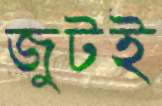
জুটই